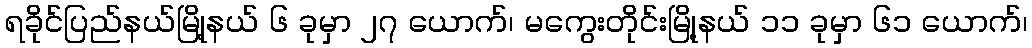
ရခိုင်ပြည်နယ်မြို့နယ် ၆ ခုမှာ ၂၇ ယောက်၊ မကွေးတိုင်းမြို့နယ် ၁၁ ခုမှာ ၆၁ ယောက်၊